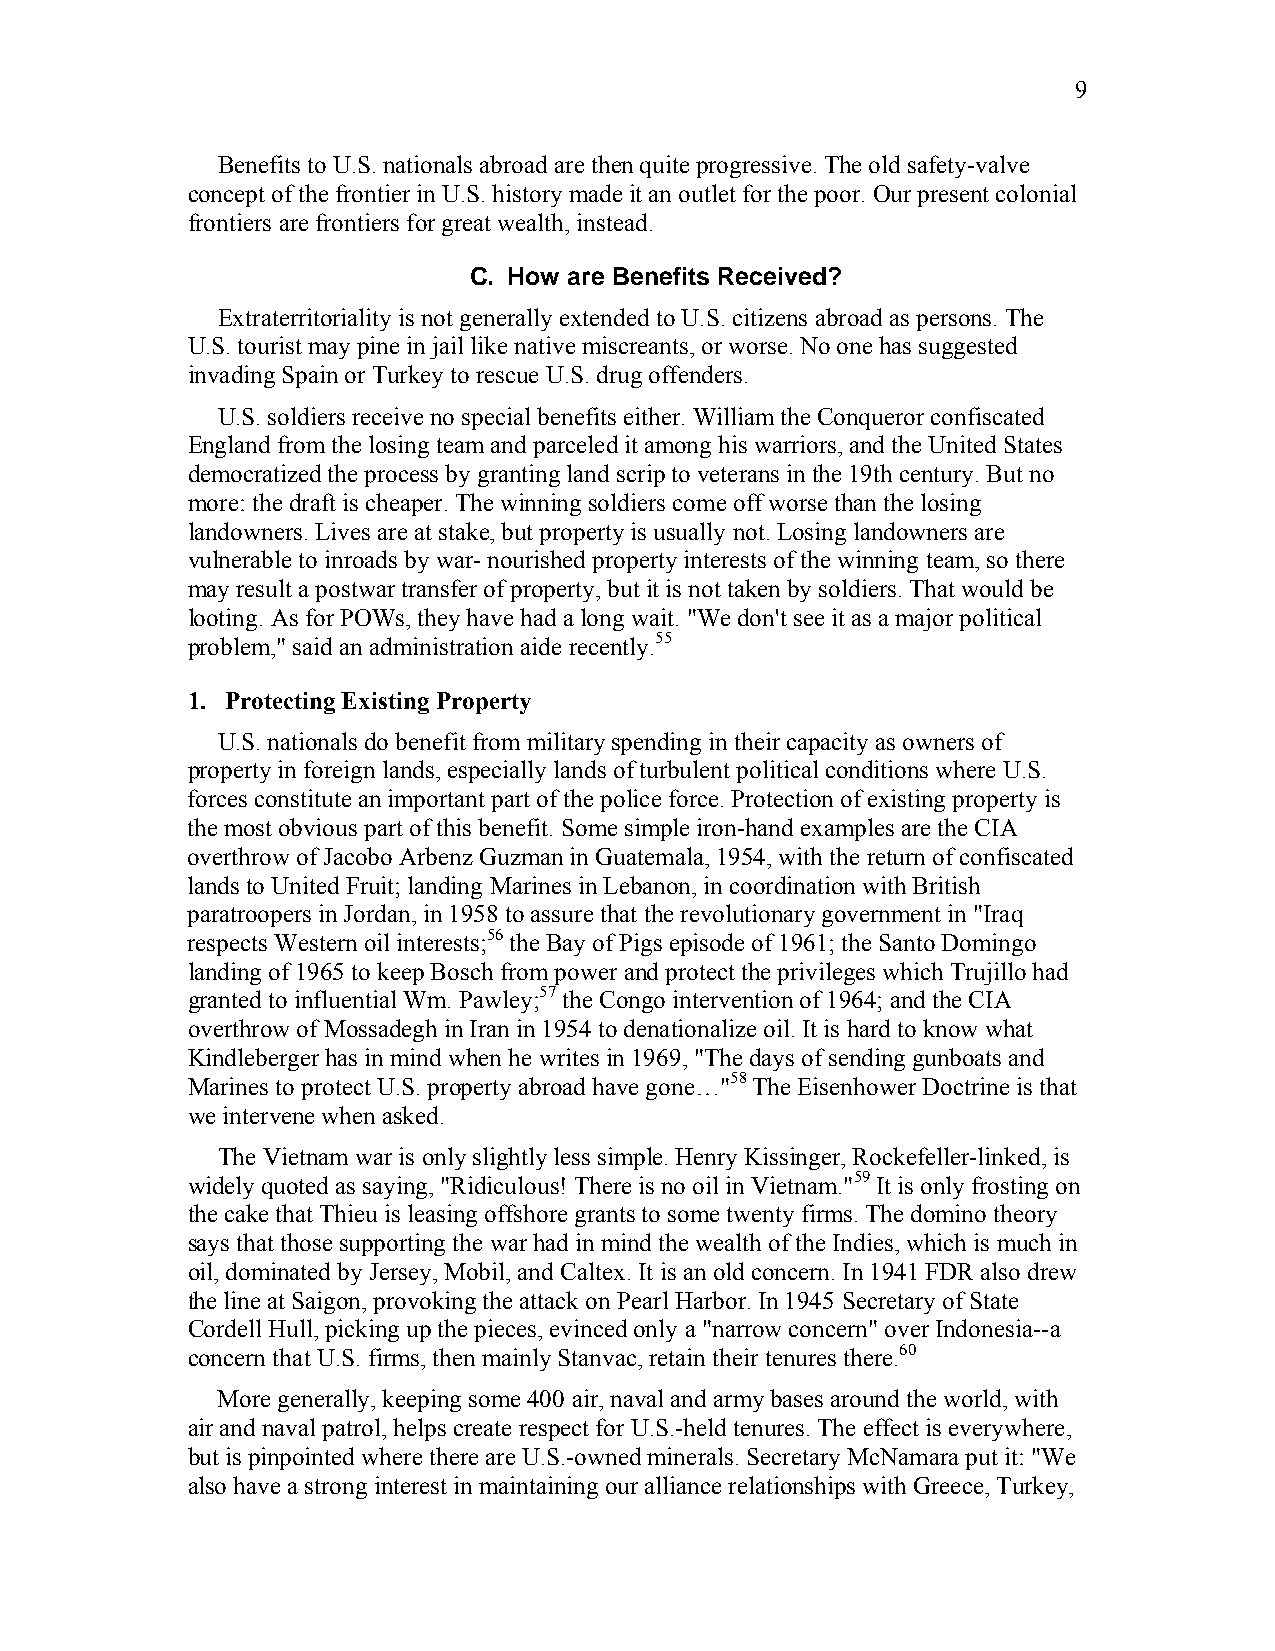
9
 Benefits to U.S. nationals abroad are then quite progressive. The old safety-valve
 concept of the frontier in U.S. history made it an outlet for the poor. Our present colonial
 frontiers are frontiers for great wealth, instead.
 C. How are Benefits Received?
 Extraterritoriality is not generally extended to U.S. citizens abroad as persons. The
 U.S. tourist may pine in jail like native miscreants, or worse. No one has suggested
 invading Spain or Turkey to rescue U.S. drug offenders.
 U.S. soldiers receive no special benefits either. William the Conqueror confiscated
 England from the losing team and parceled it among his warriors, and the United States
 democratized the process by granting land scrip to veterans in the 19th century. But no
 more: the draft is cheaper. The winning soldiers come off worse than the losing
 landowners. Lives are at stake, but property is usually not. Losing landowners are
 vulnerable to inroads by war- nourished property interests of the winning team, so there
 may result a postwar transfer of property, but it is not taken by soldiers. That would be
 looting. As for POWs, they have had a long wait. "We don't see it as a major political
 problem," said an administration aide recently.55
 1. Protecting Existing Property
 U.S. nationals do benefit from military spending in their capacity as owners of
 property in foreign lands, especially lands of turbulent political conditions where U.S.
 forces constitute an important part of the police force. Protection of existing property is
 the most obvious part of this benefit. Some simple iron-hand examples are the CIA
 overthrow of Jacobo Arbenz Guzman in Guatemala, 1954, with the return of confiscated
 lands to United Fruit; landing Marines in Lebanon, in coordination with British
 paratroopers in Jordan, in 1958 to assure that the revolutionary government in "Iraq
 respects Western oil interests;56 the Bay of Pigs episode of 1961; the Santo Domingo
 landing of 1965 to keep Bosch from power and protect the privileges which Trujillo had
 granted to influential Wm. Pawley;57 the Congo intervention of 1964; and the CIA
 overthrow of Mossadegh in Iran in 1954 to denationalize oil. It is hard to know what
 Kindleberger has in mind when he writes in 1969, "The days of sending gunboats and
 Marines to protect U.S. property abroad have gone…"58 The Eisenhower Doctrine is that
 we intervene when asked.
 The Vietnam war is only slightly less simple. Henry Kissinger, Rockefeller-linked, is
 widely quoted as saying, "Ridiculous! There is no oil in Vietnam."59 It is only frosting on
 the cake that Thieu is leasing offshore grants to some twenty firms. The domino theory
 says that those supporting the war had in mind the wealth of the Indies, which is much in
 oil, dominated by Jersey, Mobil, and Caltex. It is an old concern. In 1941 FDR also drew
 the line at Saigon, provoking the attack on Pearl Harbor. In 1945 Secretary of State
 Cordell Hull, picking up the pieces, evinced only a "narrow concern" over Indonesia--a
 concern that U.S. firms, then mainly Stanvac, retain their tenures there.60
 More generally, keeping some 400 air, naval and army bases around the world, with
 air and naval patrol, helps create respect for U.S.-held tenures. The effect is everywhere,
 but is pinpointed where there are U.S.-owned minerals. Secretary McNamara put it: "We
 also have a strong interest in maintaining our alliance relationships with Greece, Turkey,